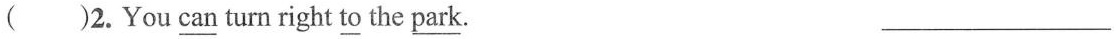
( )2.You \underline{ can} turn right \underline{to} the \underline{park} . ___